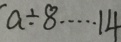
a \div 8 \cdots 1 4